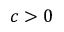
c > 0